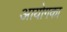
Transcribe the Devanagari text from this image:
आयोगका